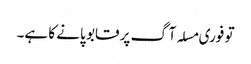
تو فوری مسلہ آگ پر قابو پانے کا ہے۔